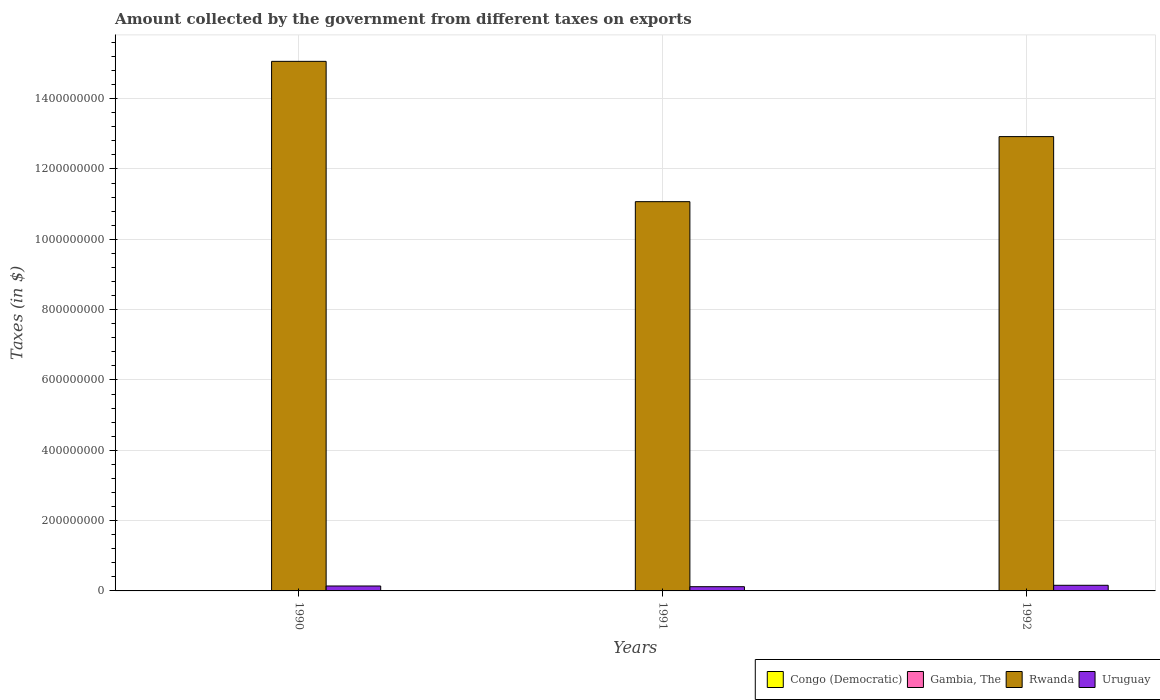
| Years | Congo (Democratic) | Gambia, The | Rwanda | Uruguay |
 | --- | --- | --- | --- | --- |
 | 1990 | 0.0857 | 9e+05 | 1.51e+09 | 1.4e+07 |
 | 1991 | 0.977 | 5e+05 | 1.11e+09 | 1.2e+07 |
 | 1992 | 34.5 | 3.2e+05 | 1.29e+09 | 1.6e+07 |